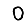
Digit: 0